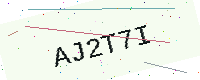
Text: AJ2T7I